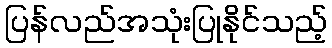
ပြန်လည်အသုံးပြုနိုင်သည့်